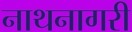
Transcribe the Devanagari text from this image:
नाथनागरी